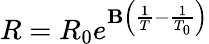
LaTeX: R=R_{0}e^{\mathbf{B}\left({\frac{{1}}{{T}}}-{\frac{{1}}{{T_{0}}}}\right)}